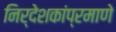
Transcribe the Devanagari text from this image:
निर्देशकांप्रमाणे